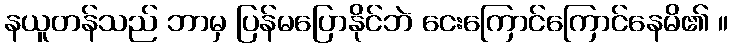
နယူတန်သည် ဘာမှ ပြန်မပြောနိုင်ဘဲ ငေးကြောင်ကြောင်နေမိ၏ ။